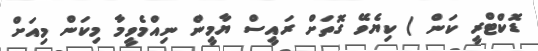
ޑޮކްޓްރީ ކަން ) ކިޔެވޭ ގޮތަށް ރައީސް ޔާމީން ނިއްމެވީމާ މިކަން މިއަށް